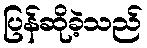
ပြန်ဆိုခဲ့သည်